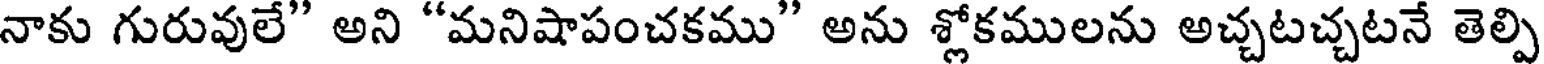
నాకు గురువులే" అని "మనిషాపంచకము" అను శ్లోకములను అచ్చటచ్చటనే తెల్పి